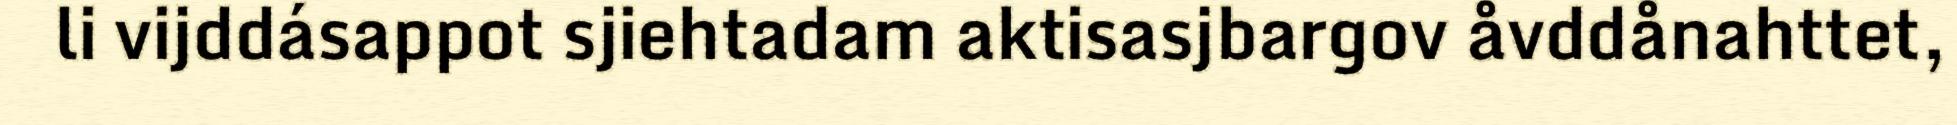
li vijddásappot sjiehtadam aktisasjbargov åvddånahttet,